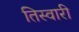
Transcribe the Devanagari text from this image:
तिस्वारी